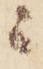
ニ